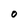
Character: O